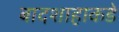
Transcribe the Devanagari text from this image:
बादशाहाकडे